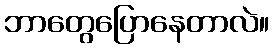
ဘာတွေပြောနေတာလဲ။